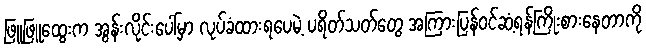
ဖြူဖြူထွေးက အွန်းလိုင်းပေါ်မှာ လုပ်ခံထားရပေမဲ့ ပရိတ်သတ်တွေ အကြားပြန်ဝင်ဆံ့ရန်ကြိုးစားနေတာကို